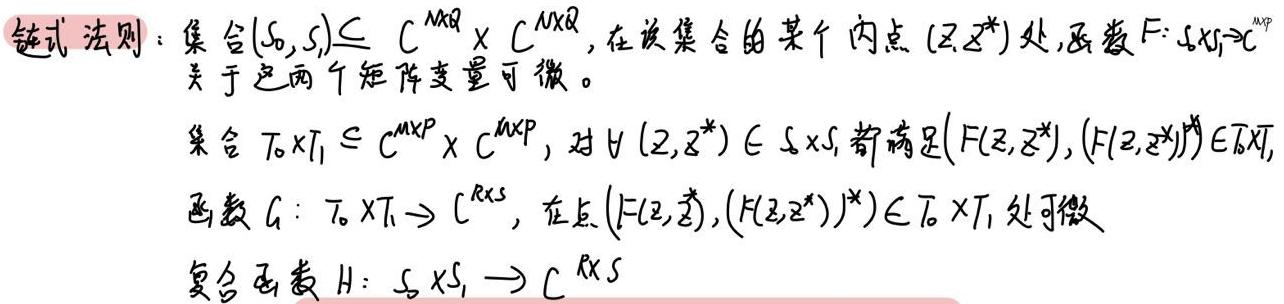
链式法则：集合$(S_0,S_1)\subseteq C^{M\times Q}\times C^{N\times Q}$，在该集合的某个内点$(Z,Z^*)$处，函数$F:S_0\times S_1\rightarrow C^{M\times P}$关于这两个矩阵变量可微。

集合$T_0\times T_1\subseteq C^{M\times P}\times C^{M\times P}$，对$\forall (Z,Z^*)\in S_0\times S_1$，都满足$(F(Z,Z^*),(F(Z,Z^*))^*)\in T_0\times T_1$，

函数$G:T_0\times T_1\rightarrow C^{R\times S}$，在点$(F(Z,Z^*),(F(Z,Z^*))^*)\in T_0\times T_1$处可微

复合函数$H:S_0\times S_1\rightarrow C^{R\times S}$